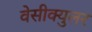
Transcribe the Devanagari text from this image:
वेसीक्युलर